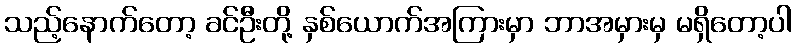
သည့်နောက်တော့ ခင်ဦးတို့ နှစ်ယောက်အကြားမှာ ဘာအမှားမှ မရှိတော့ပါ